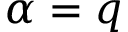
\alpha = q